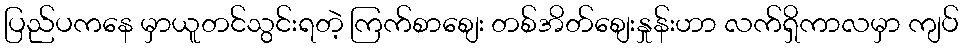
ပြည်ပကနေ မှာယူတင်သွင်းရတဲ့ ကြက်စာစျေး တစ်အိတ်စျေးနှုန်းဟာ လက်ရှိကာလမှာ ကျပ်